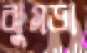
ঝুমড়া